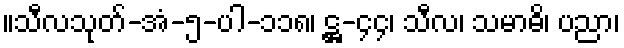
။သီလသုတ်-အံ-၅-ပါ-၁၁၈၊ ဋ္ဌ-၄၄၊ သီလ၊ သမာဓိ၊ ပညာ၊